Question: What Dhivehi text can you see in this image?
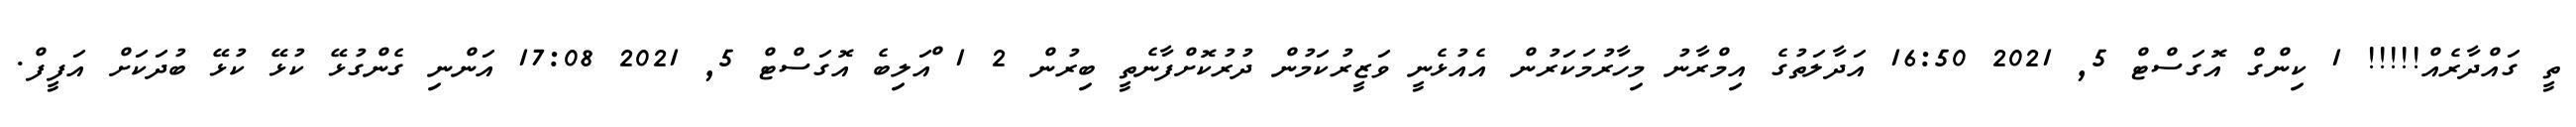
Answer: ތީ ގައްދާރެއް!!!!! 1 ކިންގް އޮގަސްޓް 5, 2021 16:50 އަދާލަތުގެ އިމްރާނު މިހާރުމަކަރުން އެއުޅެނީ ވަޒީރުކަމުން ދުރުކޮށްފާނެތީ ބިރުން 2 1 ްއަލިބެ އޮގަސްޓް 5, 2021 17:08 އަންނި ގެންގުޅޭ ކުޅޭ ކުޅޭ ބުދަކަށް އަފީފް.